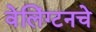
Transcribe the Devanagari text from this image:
वेलिंग्टनचे